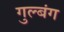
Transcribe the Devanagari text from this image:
गुल्बंग